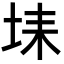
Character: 𡋃